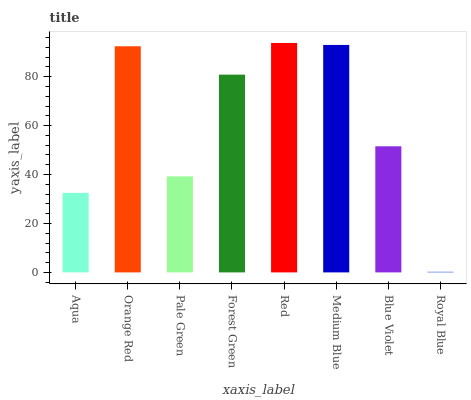
| xaxis_label | bars |
 | --- | --- |
 | Aqua | 32.5 |
 | Orange Red | 92.4 |
 | Pale Green | 39.2 |
 | Forest Green | 80.8 |
 | Red | 93.8 |
 | Medium Blue | 93 |
 | Blue Violet | 51.5 |
 | Royal Blue | 0.26 |